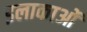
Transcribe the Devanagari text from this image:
इलाकाओं